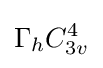
\Gamma _{h}C_{3v}^{4}